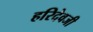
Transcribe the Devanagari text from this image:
हरिदेवजी